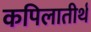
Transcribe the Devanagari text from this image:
कपिलातीर्थ